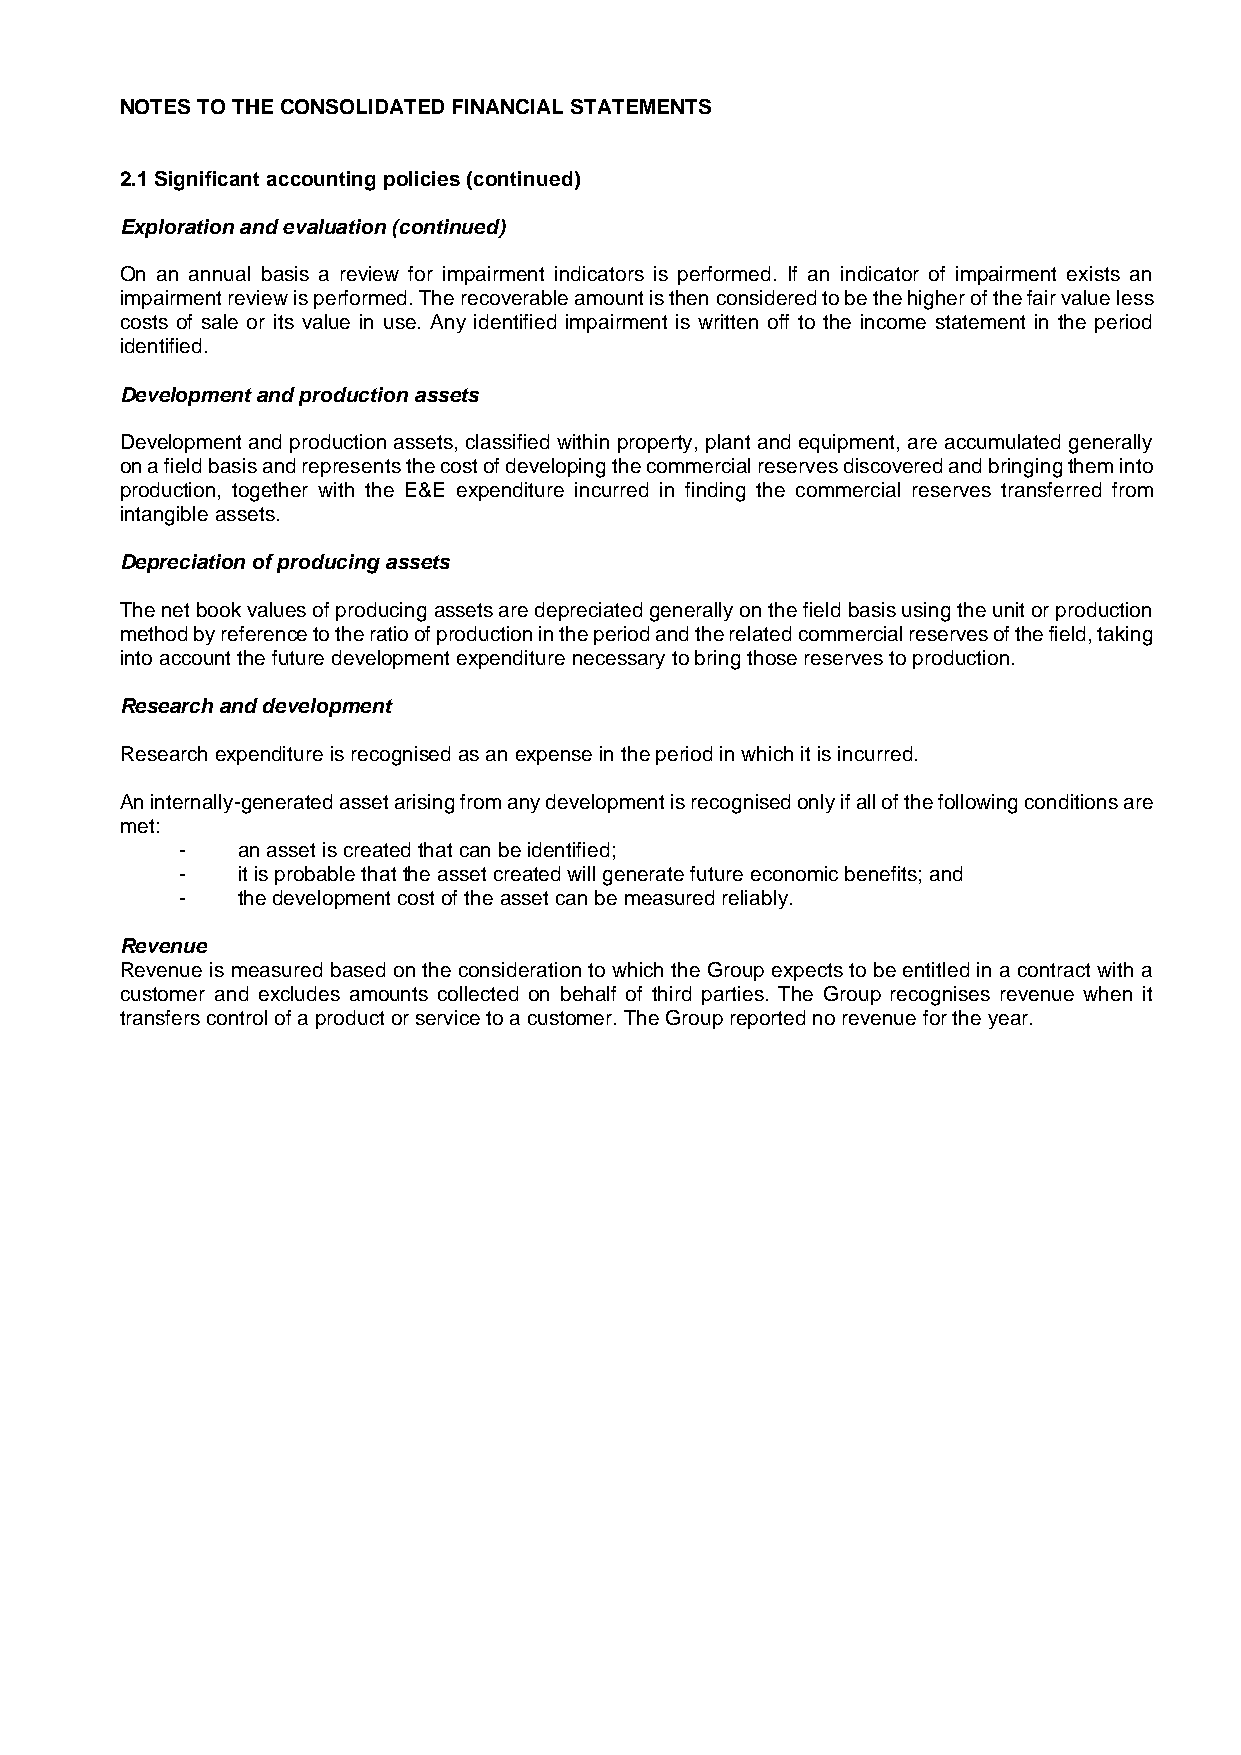
NOTES TO THE CONSOLIDATED FINANCIAL STATEMENTS
 2.1 Significant accounting policies (continued)
 Exploration and evaluation (continued)
 On an annual basis a review for impairment indicators is performed. If an indicator of impairment exists an
 impairment review is performed. The recoverable amount is then considered to be the higher of the fair value less
 costs of sale or its value in use. Any identified impairment is written off to the income statement in the period
 identified.
 Development and production assets
 Development and production assets, classified within property, plant and equipment, are accumulated generally
 on a field basis and represents the cost of developing the commercial reserves discovered and bringing them into
 production, together with the E&E expenditure incurred in finding the commercial reserves transferred from
 intangible assets.
 Depreciation of producing assets
 The net book values of producing assets are depreciated generally on the field basis using the unit or production
 method by reference to the ratio of production in the period and the related commercial reserves of the field, taking
 into account the future development expenditure necessary to bring those reserves to production.
 Research and development
 Research expenditure is recognised as an expense in the period in which it is incurred.
 An internally-generated asset arising from any development is recognised only if all of the following conditions are
 met:
 -   an asset is created that can be identified;
 -   it is probable that the asset created will generate future economic benefits; and
 -   the development cost of the asset can be measured reliably.
 Revenue
 Revenue is measured based on the consideration to which the Group expects to be entitled in a contract with a
 customer and excludes amounts collected on behalf of third parties. The Group recognises revenue when it
 transfers control of a product or service to a customer. The Group reported no revenue for the year.